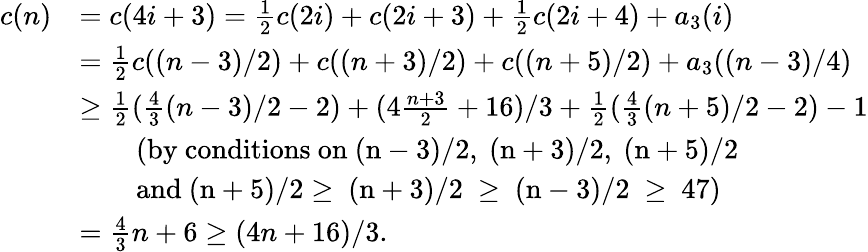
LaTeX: \begin{array}{rl}{c(n)}&{=c(4i+3)={\frac{1}{2}}c(2i)+c(2i+3)+{\frac{1}{2}}c(2i+4)+a_{3}(i)}\\ &{={\frac{1}{2}}c((n-3)/2)+c((n+3)/2)+c((n+5)/2)+a_{3}((n-3)/4)}\\ &{\geq{\frac{1}{2}}({\frac{4}{3}}(n-3)/2-2)+(4{\frac{n+3}{2}}+16)/3+{\frac{1}{2}}({\frac{4}{3}}(n+5)/2-2)-1}\\ &{\quad\quad\mathrm{(by~conditions~on~(n-3)/2,~(n+3)/2,~(n+5)/2~}}\\ &{\quad\quad\mathrm{and~(n+5)/2\geq~(n+3)/2~\geq~(n-3)/2~\geq~47)~}}\\ &{={\frac{4}{3}}n+6\geq(4n+16)/3.}\end{array}